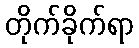
တိုက်ခိုက်ရာ